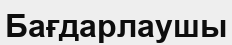
Бағдарлаушы